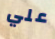
علي